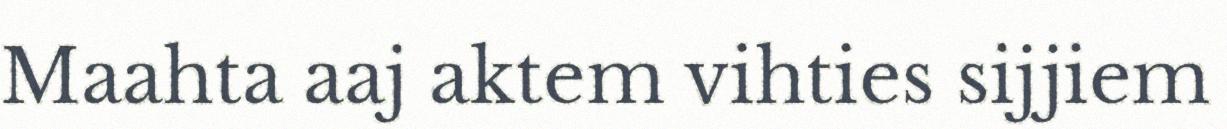
Maahta aaj aktem vihties sijjiem